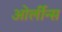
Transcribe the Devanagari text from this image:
ओर्लीन्स